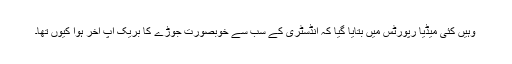
وہیں کئی میڈیا رپورٹس میں بتایا گیا کہ انڈسٹری کے سب سے خوبصورت جوڑے کا بریک اپ آخر ہوا کیوں تھا۔